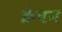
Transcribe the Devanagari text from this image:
क्रेषन